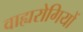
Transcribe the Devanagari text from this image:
वाह्यरोगियों